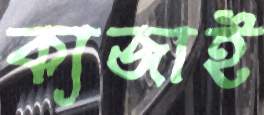
ক্যজাই